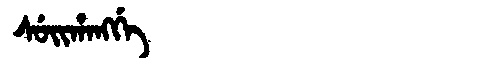
Manchu: ᠰᡠᡳᡥᠠᠩᡤᡝ
Romanization: SUIHANGGE